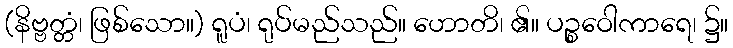
(နိဗ္ဗတ္တံ၊ ဖြစ်သော။) ရူပံ၊ ရုပ်မည်သည်။ ဟောတိ၊ ၏။ ပဉ္စဝေါကာရေ၊ ၌။